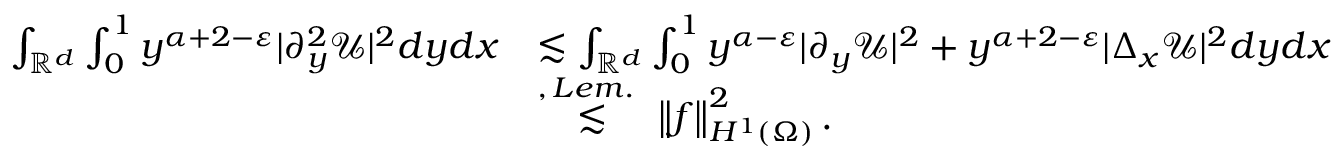
\begin{array} { r l } { \int _ { \mathbb { R } ^ { d } } \int _ { 0 } ^ { 1 } y ^ { \alpha + 2 - \varepsilon } | \partial _ { y } ^ { 2 } \mathcal { U } | ^ { 2 } d y d x } & { \lesssim \int _ { \mathbb { R } ^ { d } } \int _ { 0 } ^ { 1 } y ^ { \alpha - \varepsilon } | \partial _ { y } \mathcal { U } | ^ { 2 } + y ^ { \alpha + 2 - \varepsilon } | \Delta _ { x } \mathcal { U } | ^ { 2 } d y d x } \\ & { \stackrel { , \, L e m . ~ } { \lesssim } \left\| f \right\| _ { H ^ { 1 } ( \Omega ) } ^ { 2 } . } \end{array}